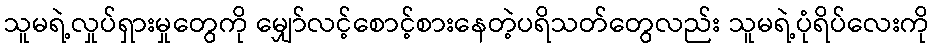
သူမရဲ့လှုပ်ရှားမှုတွေကို မျှော်လင့်စောင့်စားနေတဲ့ပရိသတ်တွေလည်း သူမရဲ့ပုံရိပ်လေးကို